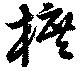
柘